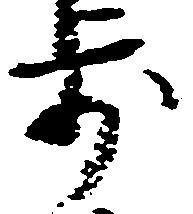
歩